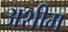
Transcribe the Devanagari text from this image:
अशीम